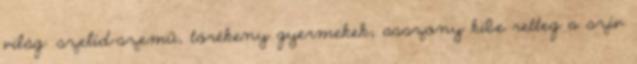
világ: szelíd-szemű, törékeny gyermekek; asszony kibe retteg a szív